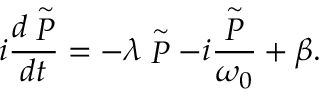
i { \frac { d \stackrel { \sim } { P } } { d t } } = - \lambda \stackrel { \sim } { P } - i { \frac { \stackrel { \sim } { P } } { \omega _ { 0 } } } + \beta .